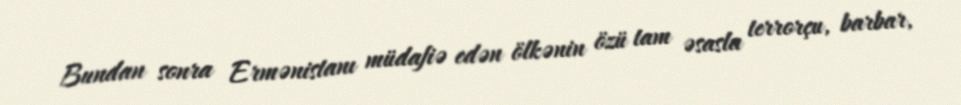
Bundan sonra Ermənistanı müdafiə edən ölkənin özü tam əsasla terrorçu, barbar,